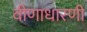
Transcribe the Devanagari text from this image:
वीणाधारणी